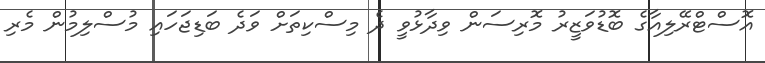
އޮސްޓްރޭލިއާގެ ބޮޑުވަޒީރު މޮރިސަން ވިދާޅުވީ ދެ މިސްކިތަށް ވަދެ ބަޑިޖަހައި މުސްލިމުން މެރި